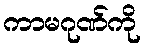
ကာမဂုဏ်ကို